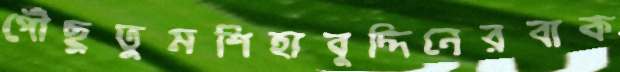
পৌঁছুতুমশিহাবুদ্দিনেরবাক